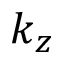
k _ { z }